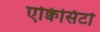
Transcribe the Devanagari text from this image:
एक्विसिटो